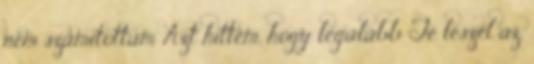
nem számítottam Azt hittem, hogy legalább Te leszel az,